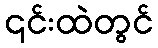
၎င်းထဲတွင်